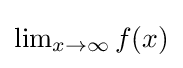
{\textstyle \lim _{x\to \infty }f(x)}